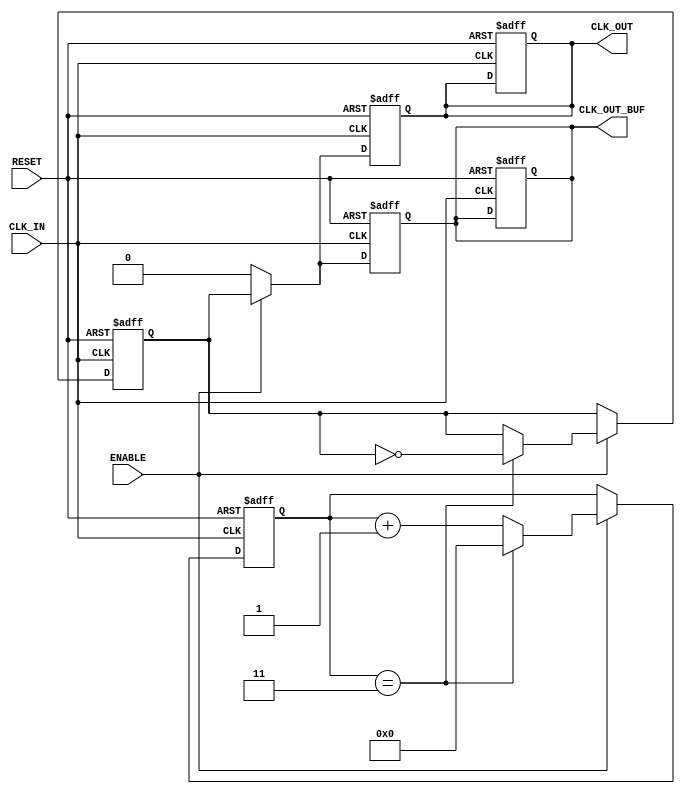
module ClockDividerBuffer #(
    parameter N = 4 // Division factor, can be configured
)(
    input wire CLK_IN,         // High-frequency input clock
    input wire RESET,          // Asynchronous reset signal
    input wire ENABLE,         // Enable signal for the clock output
    output reg CLK_OUT,        // Divided clock output
    output reg CLK_OUT_BUF     // Buffered clock output
);

    reg [31:0] counter;        // Counter to track clock cycles
    reg clk_out_internal;      // Internal divided clock signal

    // Asynchronous reset and clock division logic
    always @(posedge CLK_IN or posedge RESET) begin
        if (RESET) begin
            counter <= 0;
            clk_out_internal <= 0;
            CLK_OUT <= 0;
            CLK_OUT_BUF <= 0;
        end else if (ENABLE) begin
            if (counter == (N - 1)) begin
                counter <= 0;
                clk_out_internal <= ~clk_out_internal; // Toggle divided clock
            end else begin
                counter <= counter + 1;
            end
        end
    end

    // Assign the divided clock to the output and buffer it
    always @(posedge CLK_IN or posedge RESET) begin
        if (RESET) begin
            CLK_OUT <= 0;
            CLK_OUT_BUF <= 0;
        end else if (ENABLE) begin
            CLK_OUT <= clk_out_internal; // Output the divided clock
            CLK_OUT_BUF <= clk_out_internal; // Buffered output
        end else begin
            CLK_OUT <= 0; // Disable output when not enabled
            CLK_OUT_BUF <= 0; // Disable buffered output
        end
    end

endmodule